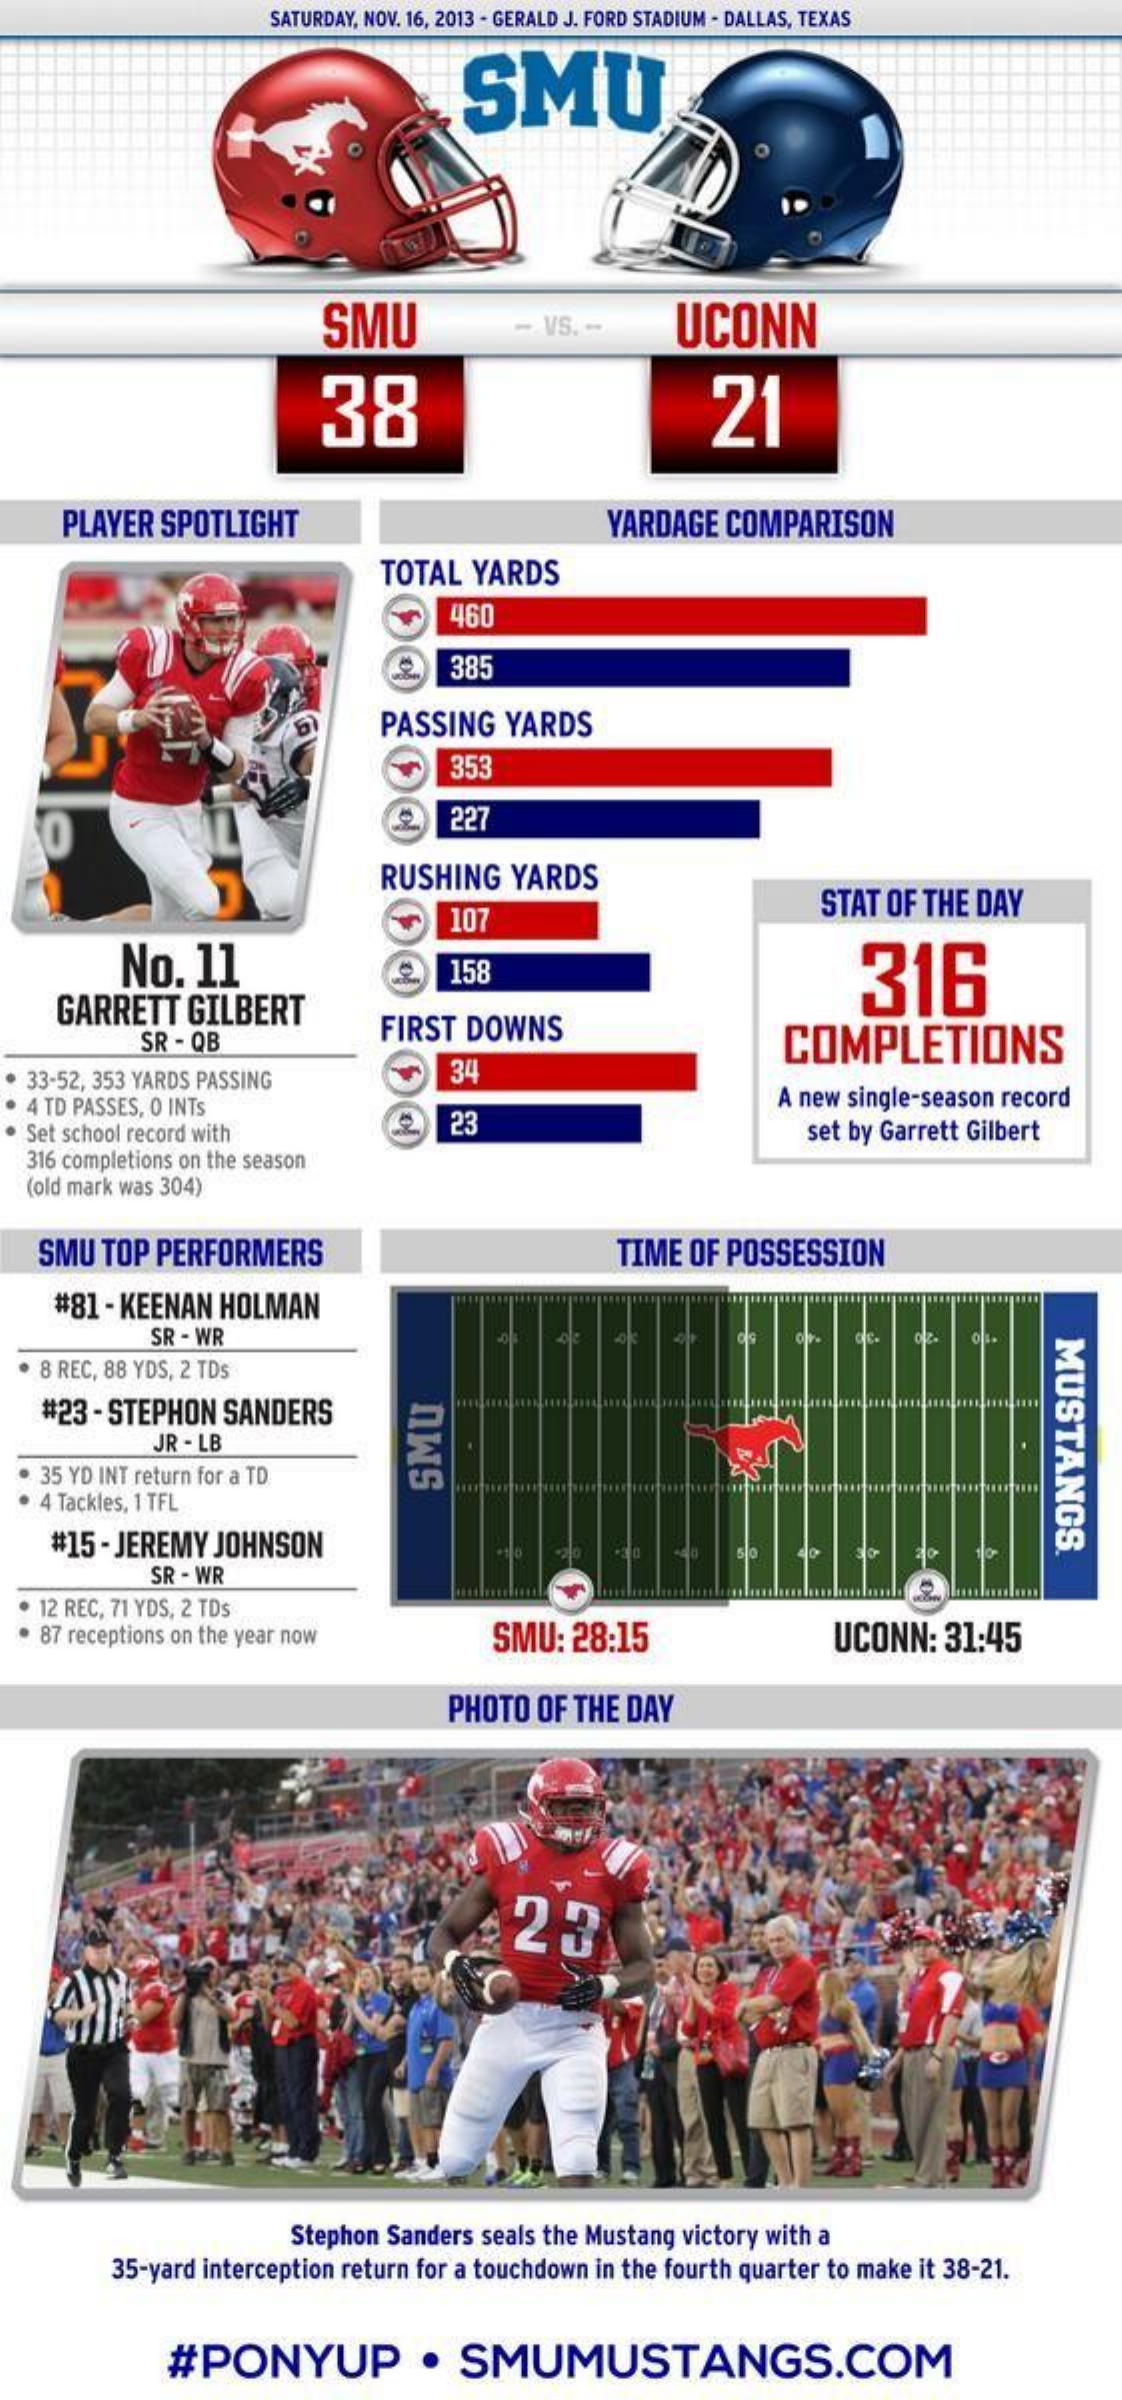
SATURDAY, NOV. 16, 2013 - GERALD J. FORD STADIUM - DALLAS, TEXAS
     SMU
     SMU    - VS. -    UCONN
     38    21
     PLAYER SPOTLIGHT    YARDAGE  COMPARISON
     TOTAL  YARDS
     460
     2.  385
     PASSING  YARDS
     353
     227
     RUSHING   YARDS
     107
     STAT OF THE DAY
     No.  11    158    316
     GARRETT   GILBERT
     SR - QB    FIRST DOWNS    COMPLETIONS
  33-52, 353 YARDS PASSING    34
  4 TD PASSES, O INTS    A new single-season record
  Set school record with
     23    set by Garrett Gilbert
  316 completions on the season
  (old mark was 304)
   SMU  TOP PERFORMERS    TIME OF POSSESSION
    #81 - KEENAN HOLMAN
     SR - WR
     MUSTANGS.
   8 REC, 88 YDS, 2 TDS
    #23 - STEPHON SANDERS
     JR - LB
   35 YD INT return for a TD
   4 Tackles, 1 TFL
     SMU
    #15 - JEREMY JOHNSON
     SR - WR
   12 REC, 71 YDS, 2 TDs
   87 receptions on the year now    SMU: 28:15    UCONN:  31:45
     PHOTO  OF THE DAY
     Stephon Sanders seals the Mustang victory with a
     35-yard interception return for a touchdown in the fourth quarter to make it 38-21.
     #PONYUP    .   SMUMUSTANGS.COM